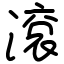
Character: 滾